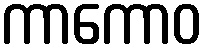
ကာကောဝ